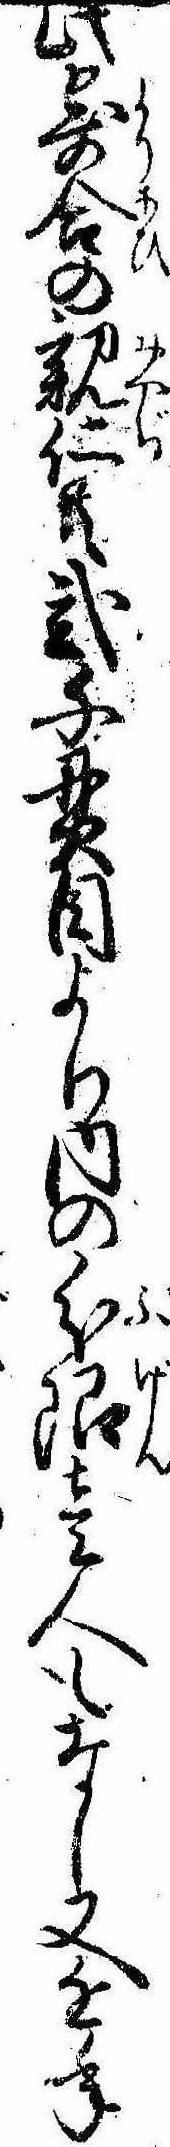
此寄合の親仁共弐千貫目より内の分限壱人もなし又近年